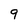
Character: 9